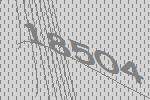
18504